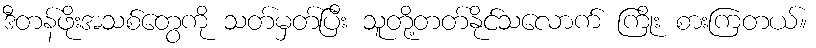
ဒီတန်ဖိုးအသစ်တွေကို သတ်မှတ်ပြီး သူတို့တတ်နိုင်သလောက် ကြိုး စားကြတယ်။